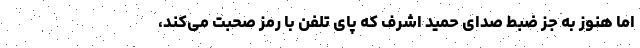
اما هنوز به جز ضبط صدای حمید اشرف که پای تلفن با رمز صحبت می‌کند،